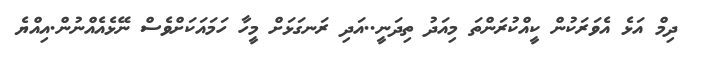
ދިމް އަޅެ އެވަރަކުން ކީއްކުރަންތަ މިއަދު ތިދަނީ..އަދި ރަނގަޅަށް މީހާ ހަމައަކަށްވެސް ނޭޅެއެއްނުން.އިއްޔެ